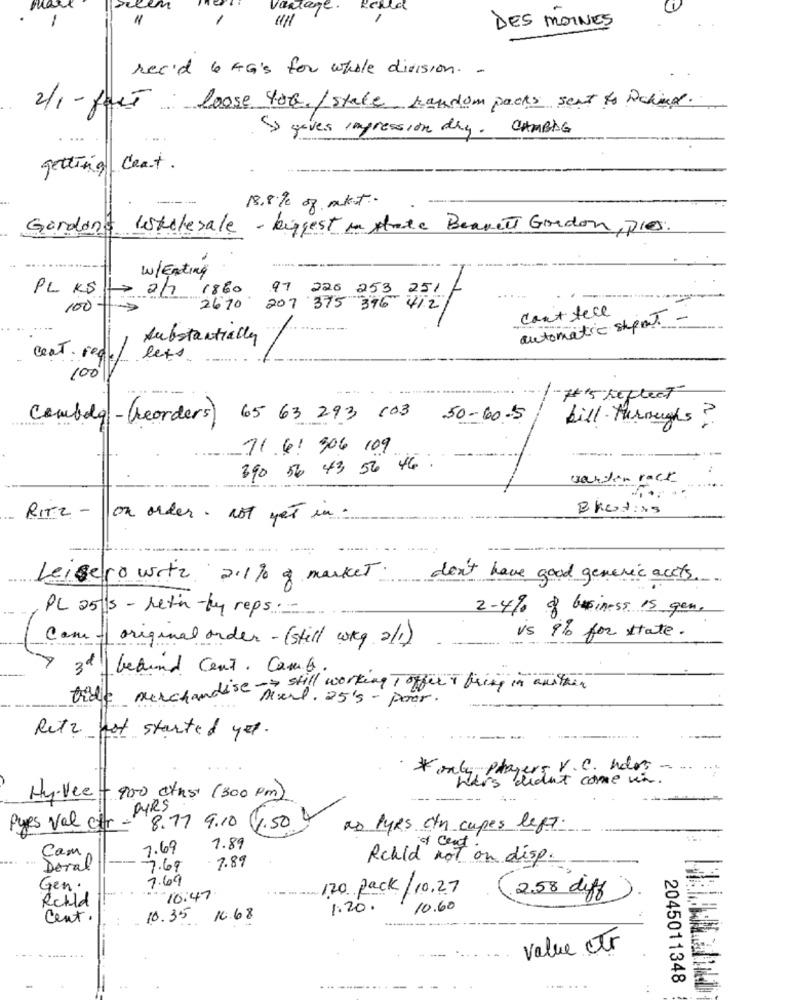
green
Vantage. Resed
1
111
DES MOINES
rec'd 4 AG'S for whole division. .
2/1- fort
loose YoQ. / state handom packs sent to Dakind.
SI gives impression day. CAMBAG
.. .
getting ceat.
-----
13.8% of mkt.
Gordon's Istelesale - biggest in state Beakett Gordon, PICS.
W/Eating
PL KS
>2/7 1860
97 220 253 251 -
.....
100
2670 207 375 396 412
cant fece
automatic stpal
substantially
ceat. regel
lets.
100
-#15 Reflect
Couldla-leorders) 65 63 293 103 50-60-15
bill throughs?
71.61 306 109
390 56 43 56 46 .
warten rack
BReading
RITZ -
on order. not yet in .
-- -
. .....
Leigero wetz 211% & market .
don't have good generic accts
PL 25/5 - retin by reps :-
2-4% of business is gen.
-
Cam - original order - (still way all)
is 9% for thate.
3d \ behind cent. Com.b.
Vide Merchandise-> still working Toffer + bring in anithen
Retz not started yet.
·* only, players V. C. hdos
hars didn't come un .
Hy-Vee- 900 cthst (300 pm)
PURS
4.50 4
Pues Val Str.
8.17 9.10
as lyes ein capes left.
7.69
1.89
cent.
Cam
7.89
Rchld not on disp.
Doral
7.60
7.69
Gen.
120 pack/10.27
Rchld
10:47
2.58 diff
1.20.
10.60
Cent.
10.35
16.68
---------- -----
Value ctr
2045011348